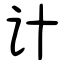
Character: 计